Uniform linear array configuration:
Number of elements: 48
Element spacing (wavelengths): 0.25
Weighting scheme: hann
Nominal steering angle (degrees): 0
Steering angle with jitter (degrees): -0.9034
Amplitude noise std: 0.05
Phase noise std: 0.05

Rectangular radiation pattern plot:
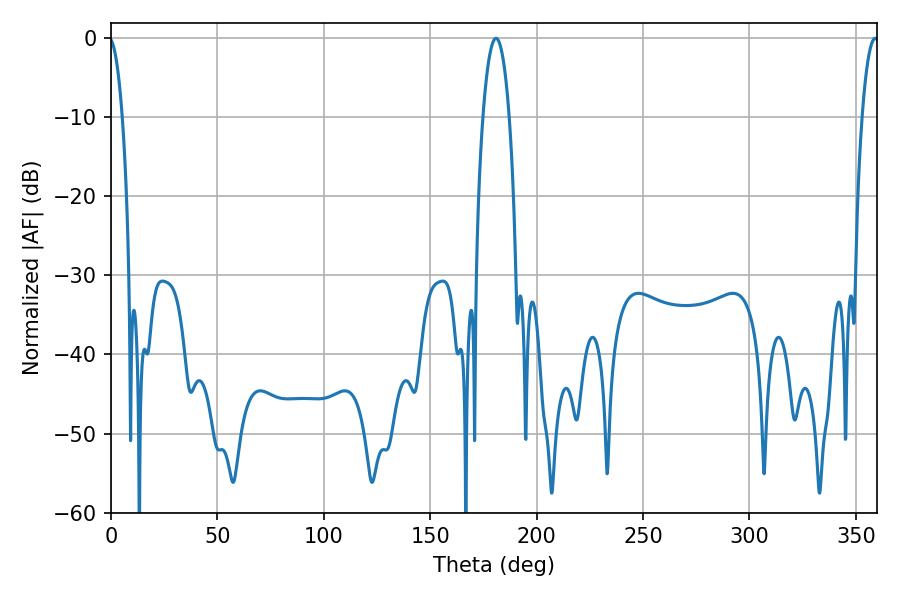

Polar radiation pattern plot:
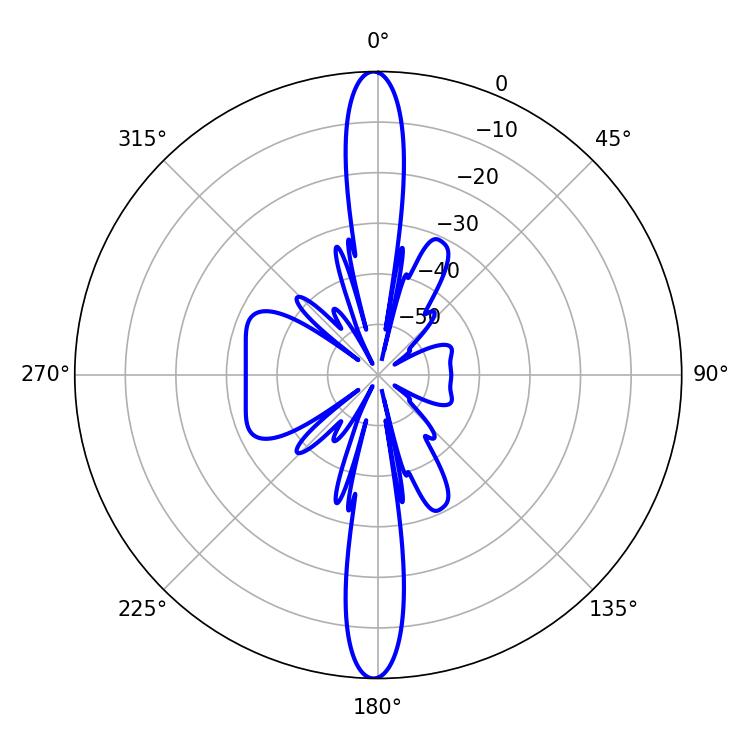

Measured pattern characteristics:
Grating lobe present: FALSE
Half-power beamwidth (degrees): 6.84
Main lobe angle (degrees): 180.9